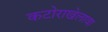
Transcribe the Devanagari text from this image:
कटोराखेलावा